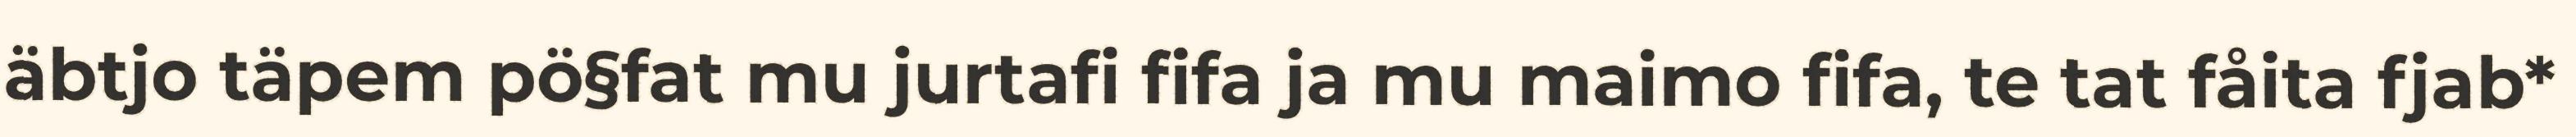
äbtjo täpem pö§fat mu jurtafi fifa ja mu maimo fifa, te tat fåita fjab*